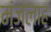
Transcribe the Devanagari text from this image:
मंज़लाह